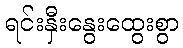
ရင်းနှီးနွေးထွေးစွာ